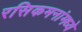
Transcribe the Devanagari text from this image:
रसिकमनांमध्ये